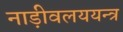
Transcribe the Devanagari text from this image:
नाड़ीवलययन्त्र